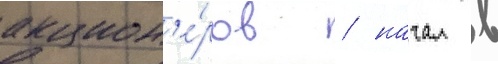
акцион'е́ров / начал в